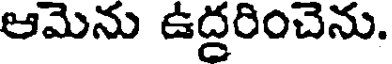
ఆమెను ఉద్దరించెను.